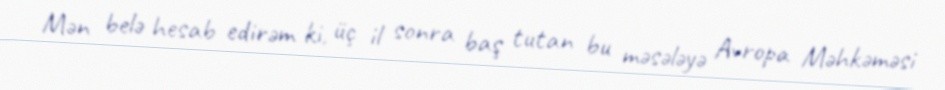
Mən belə hesab edirəm ki, üç il sonra baş tutan bu məsələyə Avropa Məhkəməsi